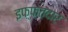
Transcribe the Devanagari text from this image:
इफ़्फ़तदार